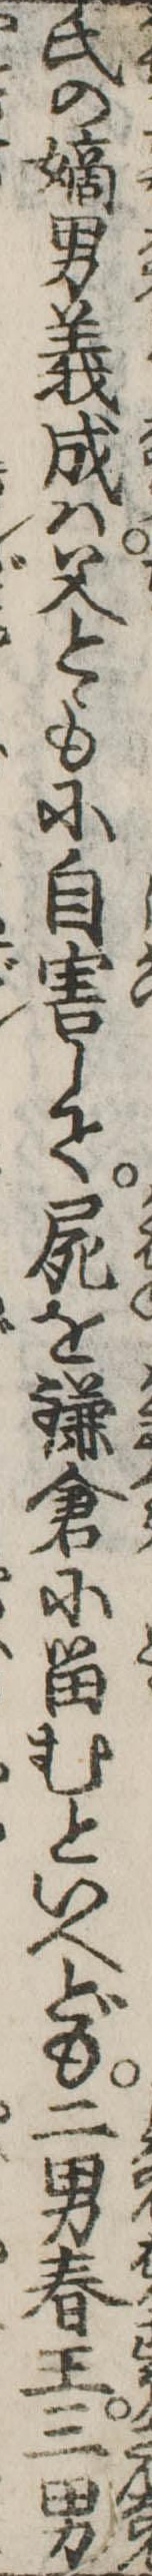
氏の嫡男義成は父とゝもに自害して屍を鎌倉に留むといへども二男春王三男